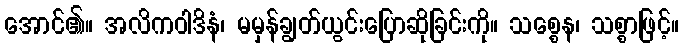
အောင်၏။ အလိကဝါဒိနံ၊ မမှန်ချွတ်ယွင်းပြောဆိုခြင်းကို။ သစ္စေန၊ သစ္စာဖြင့်။